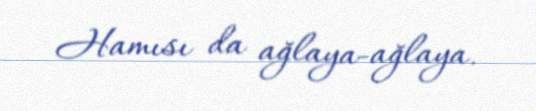
Hamısı da ağlaya-ağlaya.